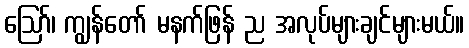
ဪ၊ ကျွန်တော် မနက်ဖြန် ည အလုပ်များချင်များမယ်။